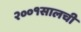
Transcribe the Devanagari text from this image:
२००१सालची